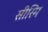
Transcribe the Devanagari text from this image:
सीरिम